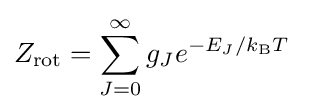
Z_{\text{rot}}=\sum \limits _{J=0}^{\infty }{g_{J}e^{-E_{J}/k_{\text{B}}T\;}}